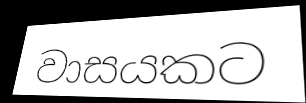
වාසයකට